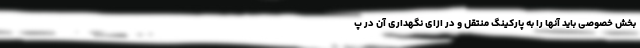
بخش خصوصی باید آنها را به پارکینگ منتقل و در ازای نگهداری آن در پ